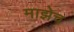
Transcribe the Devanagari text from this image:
माझेच